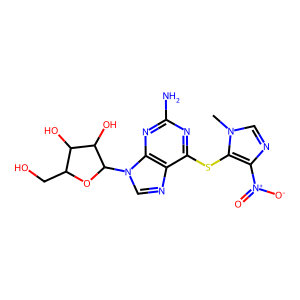
SMILES: Cn1cnc([N+](=O)[O-])c1Sc1nc(N)nc2c1ncn2C1OC(CO)C(O)C1O
Inhibits HIV replication: No